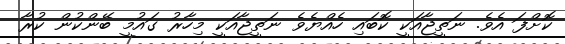
ކޮށްފަ އެވެ. ނަތީޖާއަކީ ކޮބައި ހެއްޔެވެ ނަތީޖާއަކީ މިހާރު ގައުމީ ބޭންކުން ކުރާ